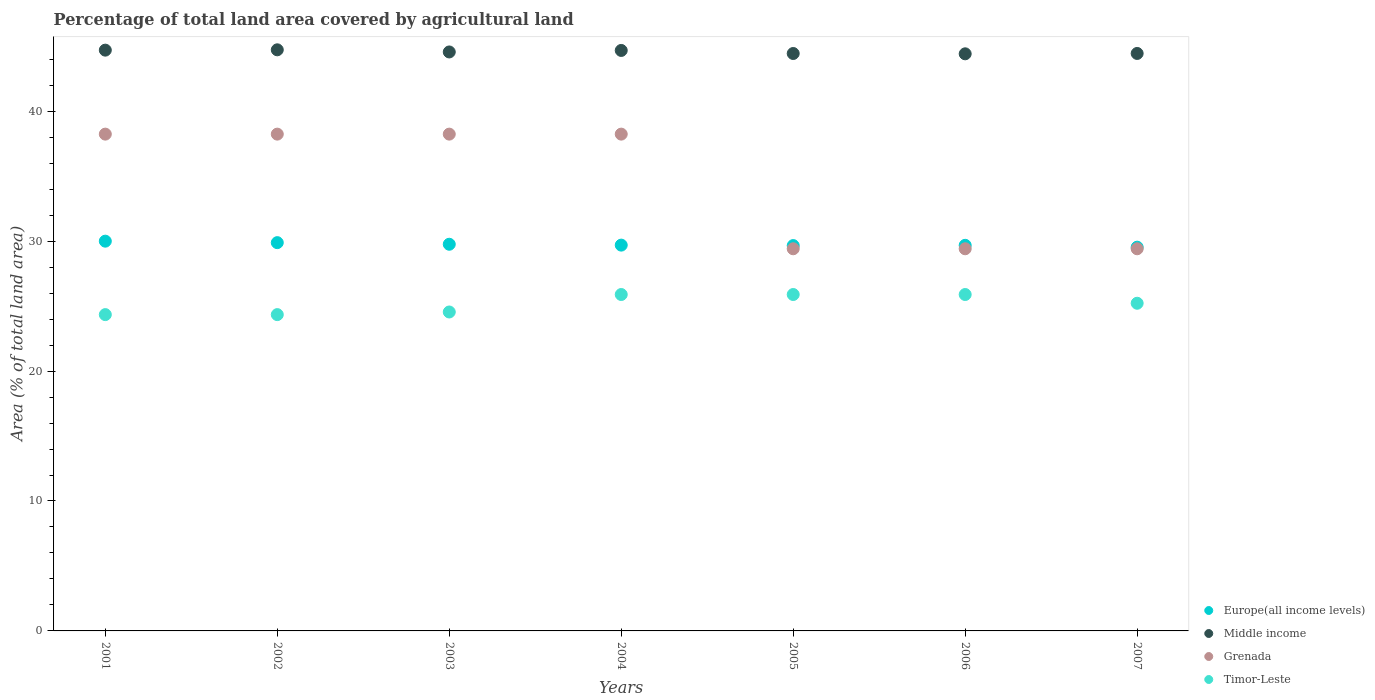
| Years | Europe(all income levels) | Middle income | Grenada | Timor-Leste |
 | --- | --- | --- | --- | --- |
 | 2001 | 30 | 44.7 | 38.2 | 24.3 |
 | 2002 | 29.9 | 44.7 | 38.2 | 24.3 |
 | 2003 | 29.8 | 44.6 | 38.2 | 24.5 |
 | 2004 | 29.7 | 44.7 | 38.2 | 25.9 |
 | 2005 | 29.7 | 44.4 | 29.4 | 25.9 |
 | 2006 | 29.7 | 44.4 | 29.4 | 25.9 |
 | 2007 | 29.5 | 44.4 | 29.4 | 25.2 |